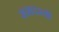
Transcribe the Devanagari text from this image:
ससदस्यों